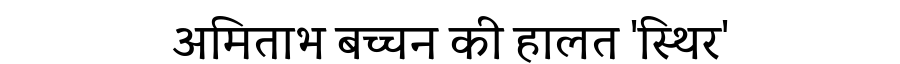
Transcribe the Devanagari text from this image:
अमिताभ बच्चन की हालत 'स्थिर'